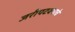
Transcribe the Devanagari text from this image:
जरीपटक्याचे